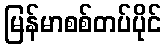
မြန်မာစစ်တပ်ပိုင်